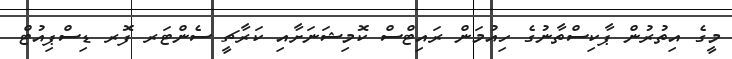
މީގެ އިތުރުން ޕާކިސްތާނުގެ ހިއުމަން ރައިޓްސް ކޮމިޝަނަށާއި ކަރާޗީ ސެންޓަރ ފޮރ ޑިސްޕިއުޓް